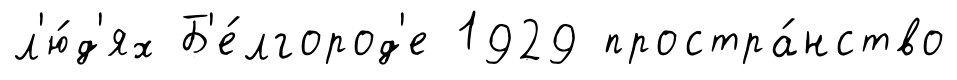
л'ю́д'ях Б'е́лгород'е 1929 простра́нство